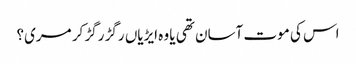
اس کی موت آسان تھی یا وہ ایڑیاں رگڑ رگڑ کر مری؟